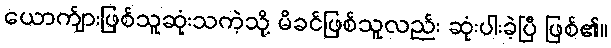
ယောက်ျားဖြစ်သူဆုံးသကဲ့သို့ မိခင်ဖြစ်သူလည်း ဆုံးပါးခဲ့ပြီ ဖြစ်၏။